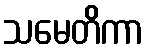
သမေတိကာ